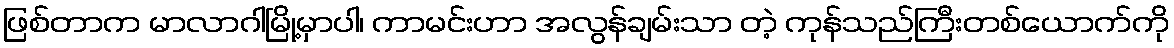
ဖြစ်တာက မာလာဂါမြို့မှာပါ၊ ကာမင်းဟာ အလွန်ချမ်းသာ တဲ့ ကုန်သည်ကြီးတစ်ယောက်ကို